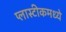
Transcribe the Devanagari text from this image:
प्लास्टीकमध्ये